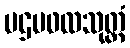
ပဌမဖလသုတ္တံ